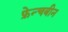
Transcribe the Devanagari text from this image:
फ्रेन्चबीन